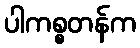
ပါကစ္စတန်က